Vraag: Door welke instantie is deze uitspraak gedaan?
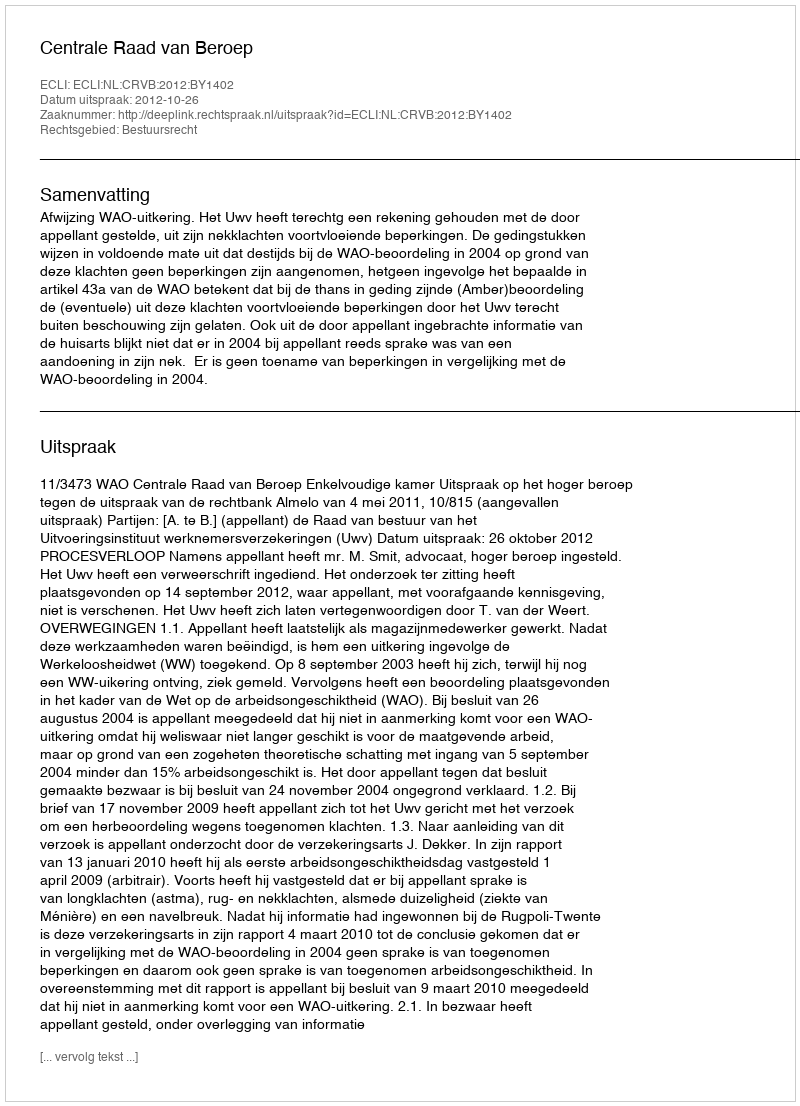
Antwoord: Centrale Raad van Beroep